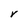
Character: V